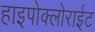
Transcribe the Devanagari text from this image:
हाइपोक्लोराईट